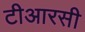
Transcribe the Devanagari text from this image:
टीआरसी